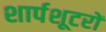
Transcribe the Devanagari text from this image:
शार्पशूटरों